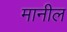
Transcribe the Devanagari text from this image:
मानील